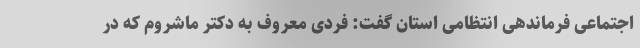
اجتماعی فرماندهی انتظامی استان گفت: فردی معروف به دکتر ماشروم که در